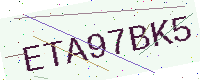
Text: ETA97BK5